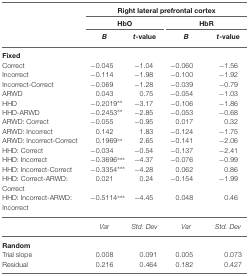
<table><thead><tr><td>[EMPTY_CELL]</td><td colspan="4"><b>Right lateral prefrontal cortex</b></td></tr><tr><td>[EMPTY_CELL]</td><td colspan="2"><b>HbO</b></td><td colspan="2"><b>HbR</b></td></tr><tr><td>[EMPTY_CELL]</td><td><b><i>B</i></b></td><td><b><i>t</i>-value</b></td><td><b><i>B</i></b></td><td><b><i>t</i>-value</b></td></tr></thead><tbody><tr><td><b>Fixed</b></td></tr><tr><td>Correct</td><td>−0.045</td><td>−1.04</td><td>−0.060</td><td>−1.56</td></tr><tr><td>Incorrect</td><td>−0.114</td><td>−1.98</td><td>−0.100</td><td>−1.92</td></tr><tr><td>Incorrect-Correct</td><td>−0.069</td><td>−1.28</td><td>−0.039</td><td>−0.79</td></tr><tr><td>ARWD</td><td>0.043</td><td>0.75</td><td>−0.054</td><td>−1.03</td></tr><tr><td>HHD</td><td>−0.2019**</td><td>−3.17</td><td>−0.106</td><td>−1.86</td></tr><tr><td>HHD-ARWD</td><td>−0.2453**</td><td>−2.85</td><td>−0.053</td><td>−0.68</td></tr><tr><td>ARWD: Correct</td><td>−0.055</td><td>−0.95</td><td>0.017</td><td>0.32</td></tr><tr><td>ARWD: Incorrect</td><td>0.142</td><td>1.83</td><td>−0.124</td><td>−1.75</td></tr><tr><td>ARWD: Incorrect-Correct</td><td>0.1969**</td><td>2.65</td><td>−0.141</td><td>−2.06</td></tr><tr><td>HHD: Correct</td><td>−0.034</td><td>−0.54</td><td>−0.137</td><td>−2.41</td></tr><tr><td>HHD: Incorrect</td><td>−0.3696***</td><td>−4.37</td><td>−0.076</td><td>−0.99</td></tr><tr><td>HHD: Incorrect-Correct</td><td>−0.3354***</td><td>−4.28</td><td>0.062</td><td>0.86</td></tr><tr><td>HHD: Correct-ARWD:</td><td>0.021</td><td>0.24</td><td>−0.154</td><td>−1.99</td></tr><tr><td>Correct</td></tr><tr><td>HHD: Incorrect-ARWD:</td><td>−0.5114***</td><td>−4.45</td><td>0.048</td><td>0.46</td></tr><tr><td>Incorrect</td></tr><tr><td>[EMPTY_CELL]</td><td><i>Var</i></td><td><i>Std. Dev</i></td><td><i>Var</i></td><td><i>Std. Dev</i></td></tr><tr><td><b>Random</b></td></tr><tr><td>Trial slope</td><td>0.008</td><td>0.091</td><td>0.005</td><td>0.073</td></tr><tr><td>Residual</td><td>0.216</td><td>0.464</td><td>0.182</td><td>0.427</td></tr></tbody></table>